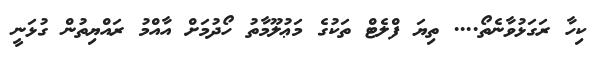
ކިހާ ރަގަޅުވާނެތޯ.... ތިޔަ ފްލެޓް ތަކުގެ މަޢުލޫމާތު ހޯދުމަށް އާއްމު ރައްޔިތުން ގުޅަނީ